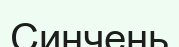
Синчень